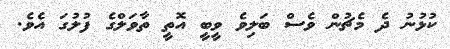
ކުޅުނު ދެ މެޗުން ވެސް ބަލިވެ ވީބީ އޮތީ ތާވަލްގެ ފުލުގަ އެވެ.